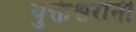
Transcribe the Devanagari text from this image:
युक्तेश्वरांनी